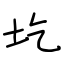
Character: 圪